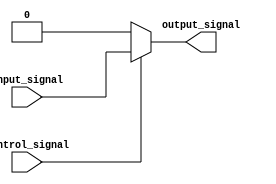
module active_high_buffer(
    input wire input_signal,
    input wire control_signal,
    output reg output_signal
);

always @ (input_signal, control_signal)
begin
    if (control_signal == 1'b1)
        output_signal = input_signal;
    else
        output_signal = 1'b0; // buffer is not enabled
end

endmodule